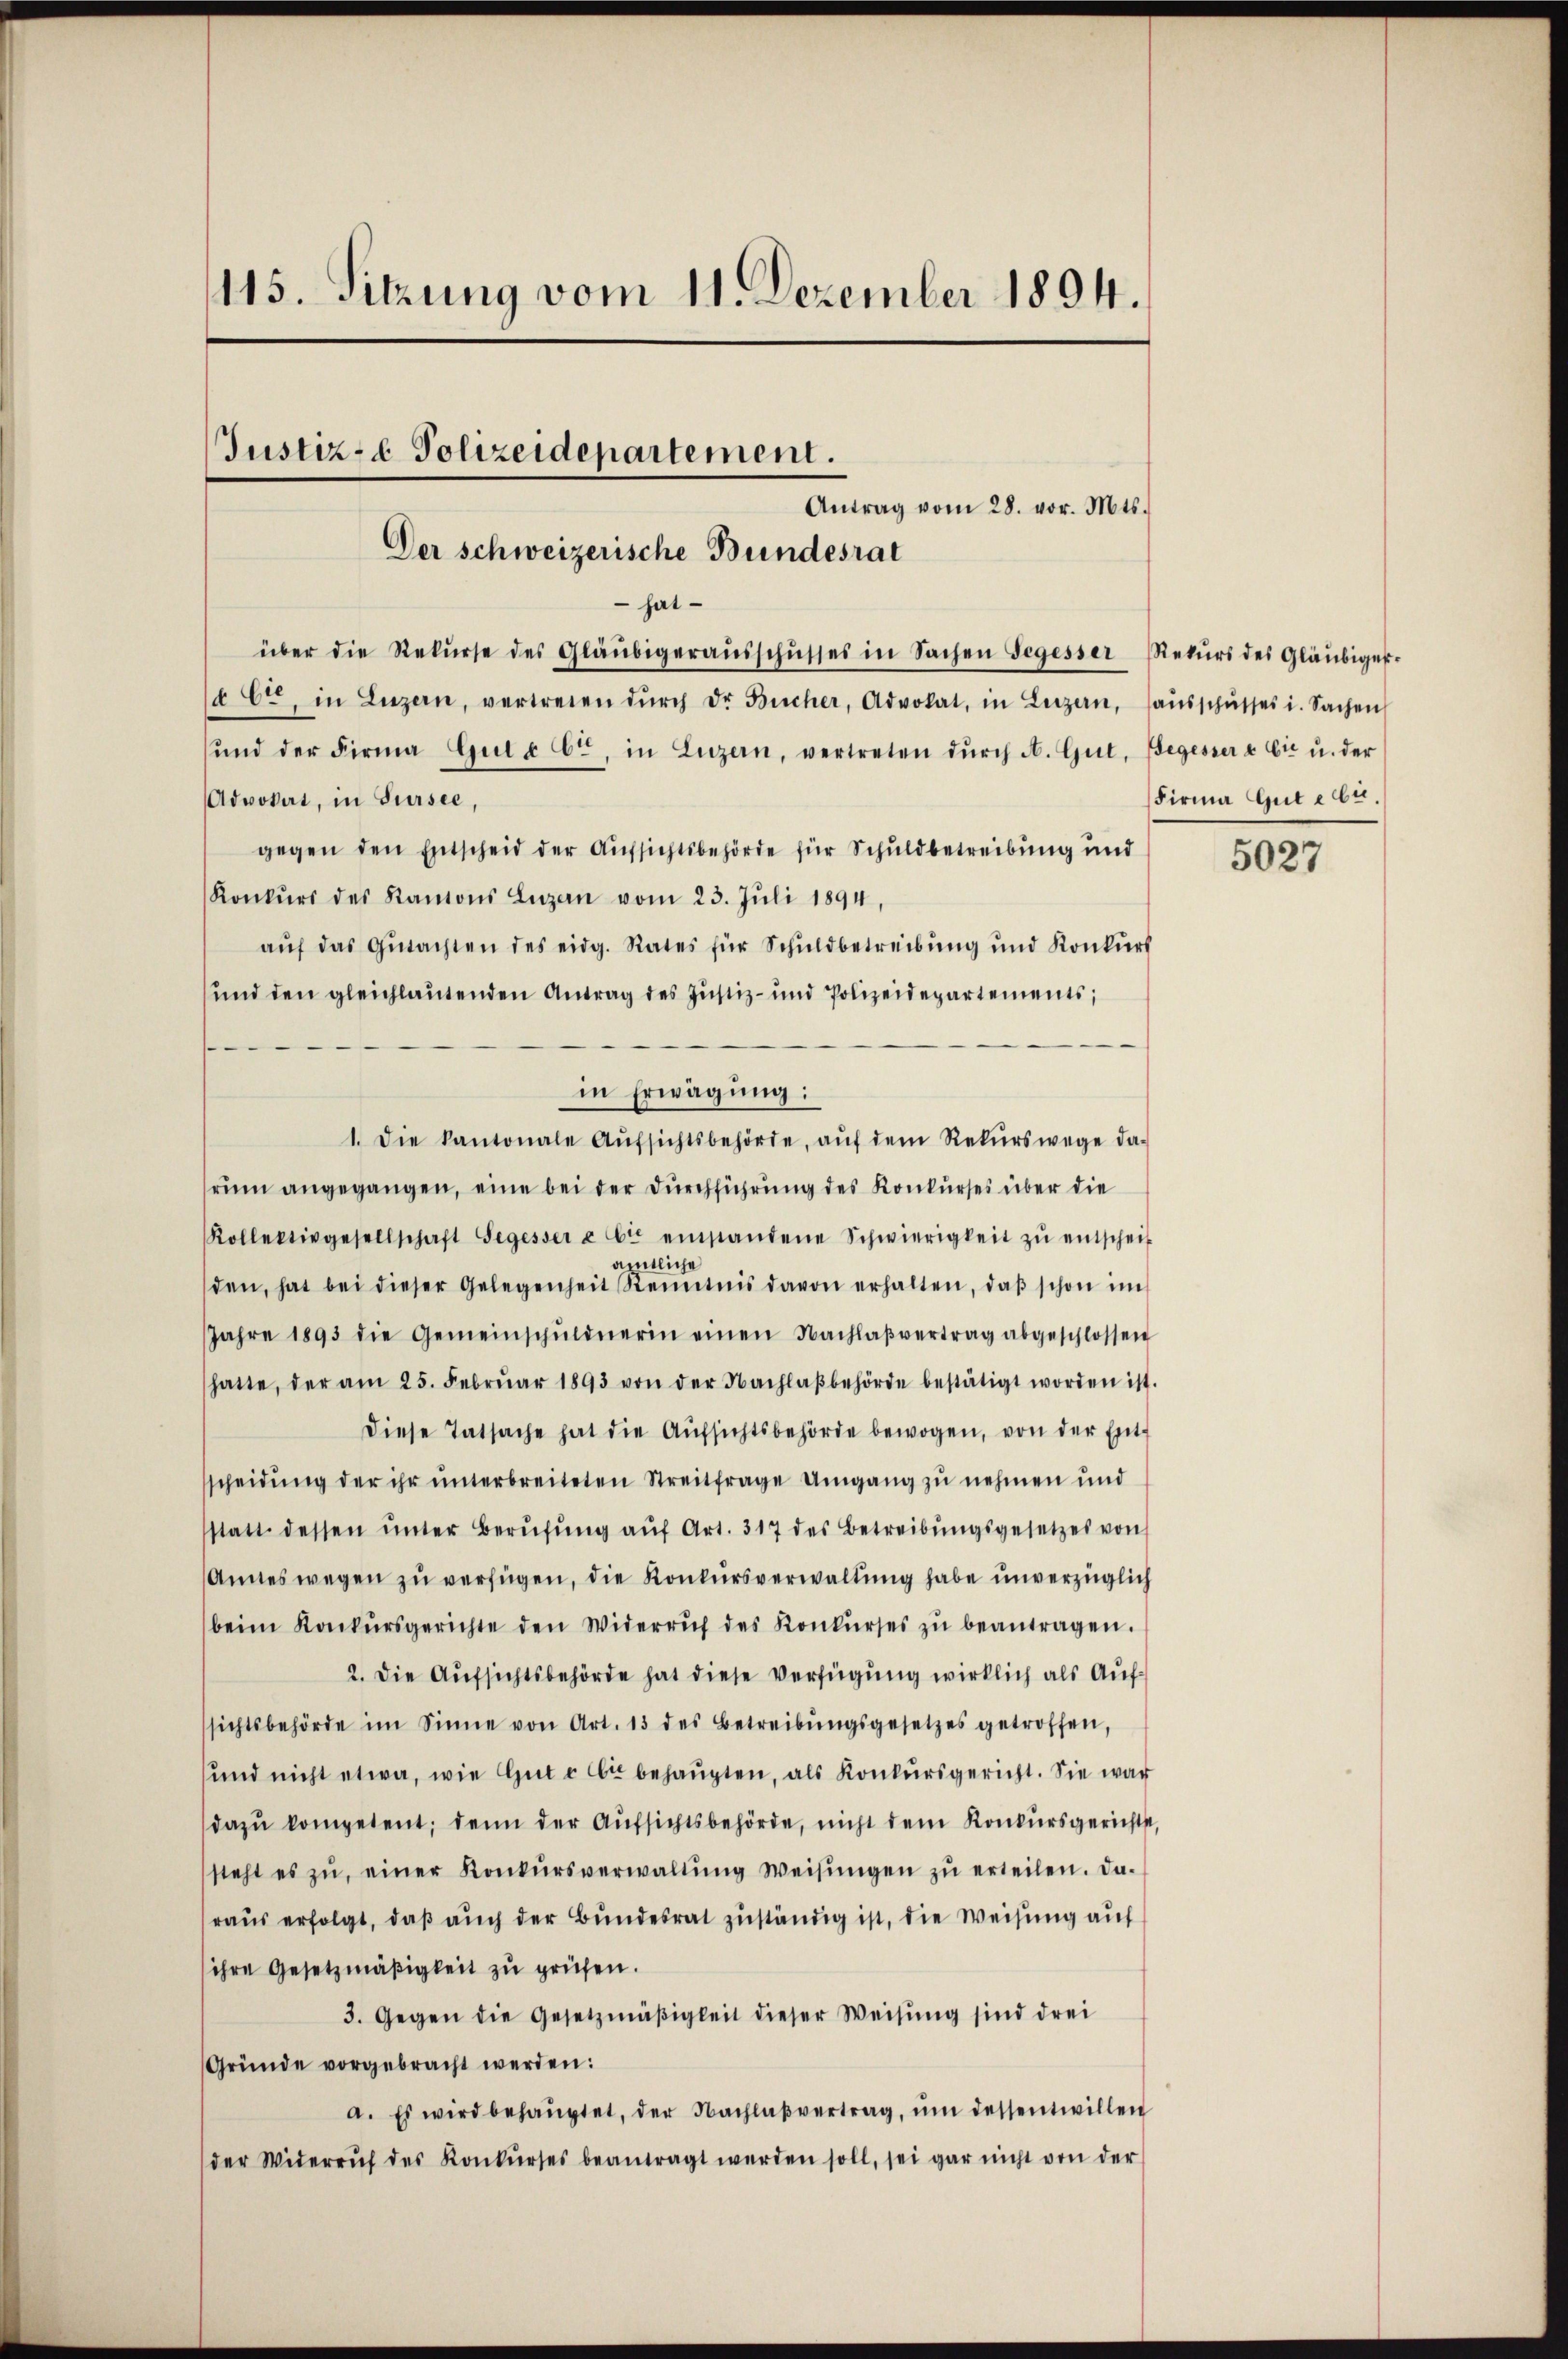
115. Sitzung vom 11. Dezember 1894.

Justiz- & Polizeidepartement.
Antrag vom 28. vor. Mts.
Der schweizerische Bundesrat
 hat
über die Rekŭrse des Gläubigeraŭsschŭsses in Sachen Segesser Rekŭrs des Gläubiger-

à Ct. in Luzern, vertreten dŭrch dr Bücher, Advokat, in Luzern, aŭsschusses i. Sachen
ŭnd der Firma Gut à Cte, in Luzern, vertreten dŭrch A. Gut, Begesser & Cie u. der
Advokat, in Sursee,
gegen den Entscheid der Aufsichtsbehörde für Schuldbetreibung und
Konkŭrs des Kantons Luzern vom 23. Jŭli 1894,
aŭf das Gŭtachten des eidg. Rates für Schuldbetreibŭng ŭnd Konkŭrs
und den gleichlautenden Antrag des Justiz- und Polizeidepartements,
f
in Erwägung:
1. Die kantonale Aŭfsichtsbehörde, aŭf dem Rekŭrswege da-
rum angegangen, eine bei der Durchführung des Konkurses über die
Kollektivgesellschaft Segessere Er einstandene Schwierigkeit zŭ entscheit
amtliche
den, hat bei dieser Gelegenheit Renntnis davon erhalten, daβ schon im
Jahre 1893 die Gemeinschŭldnerin einen Nachlaβvertrag abgeschlossen
hatte, der am 25. Febrŭar 1893 von der Nachlaβbehörde bestätigt worden ist.
diese Tatsache hat die Aŭfsichtsbehörde bewogen, von der Entscheidŭng der ihr ŭnterbreiteten Streitfrage Umgang zu nehmen und
statt dessen ŭnter Berŭfŭng aŭf Art. 317 des Betreibŭngsgesetzes von
Amneswegen zŭ verfügen, die Konkursverwaltung habe unverzüglich
beim Konkŭrsgerichte den Widerruf des Konkŭrses zŭ beantragen.
2. Die Aufsichtsbehörde hat diese Verfügung wirklich als Aufssichtsbehörde im Sinne von Art. 13 des Betreibŭngsgesetzes getroffen,
sund nicht etwa, wie Gŭt c bt behaŭpten, als Konkursgericht. Sie war
dazu kompetent; denn der Aufsichtsbehörde, nicht dem Konkursgerichts,
steht es zŭ, einer Konkŭrsverwaltŭng Weisŭngen zŭ erteilen. Da-
raus erfolgt, daß auch der Bundesrat zuständig ist, die Weisung auf
ihre Gesetzmäßigkeit zu prüfen.
3. Gegen die Gesetzmäβigkeit dieser Weisŭng sind drei
Gründe vorgebracht werden:
a. Es wird behaŭptet, der Nachlaβvertrag, ŭm dessentwillen
der Widerruf des Konkŭrses beantragt werden soll, sei gar nicht von der

Firma Gute bie

5027